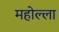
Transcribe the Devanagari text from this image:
महोल्ला